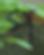
প